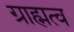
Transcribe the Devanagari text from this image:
ग्राह्मत्व